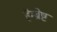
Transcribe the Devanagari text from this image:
हैम्ब्रेष्ट